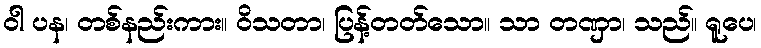
ဝါ ပန၊ တစ်နည်းကား။ ဝိသတာ၊ ပြန့်တတ်သော။ သာ တဏှာ၊ သည်။ ရူပေ၊